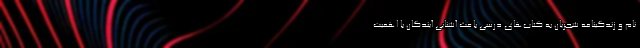
نام و زندگینامه شجریان به کتاب‌های درسی باعث آشنایی آیندگان با اهمیت